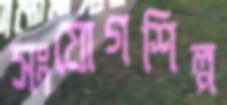
সংযোগশিল্প